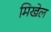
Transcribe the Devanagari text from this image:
मिखेल